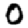
Digit: 0